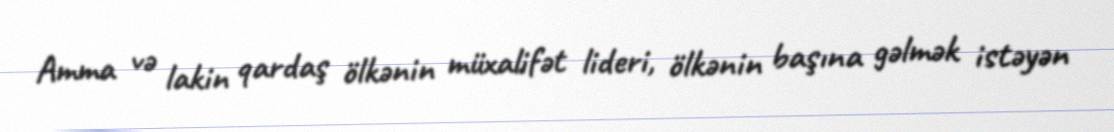
Amma və lakin qardaş ölkənin müxalifət lideri, ölkənin başına gəlmək istəyən